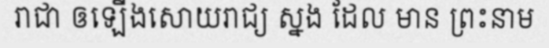
រាជា ឲឡើងសោយរាជ្យ ស្នង ដែល មាន ព្រះនាម